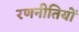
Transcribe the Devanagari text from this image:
रणनीतियोँ